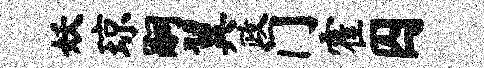
妖琼嗣翼政门霍囚